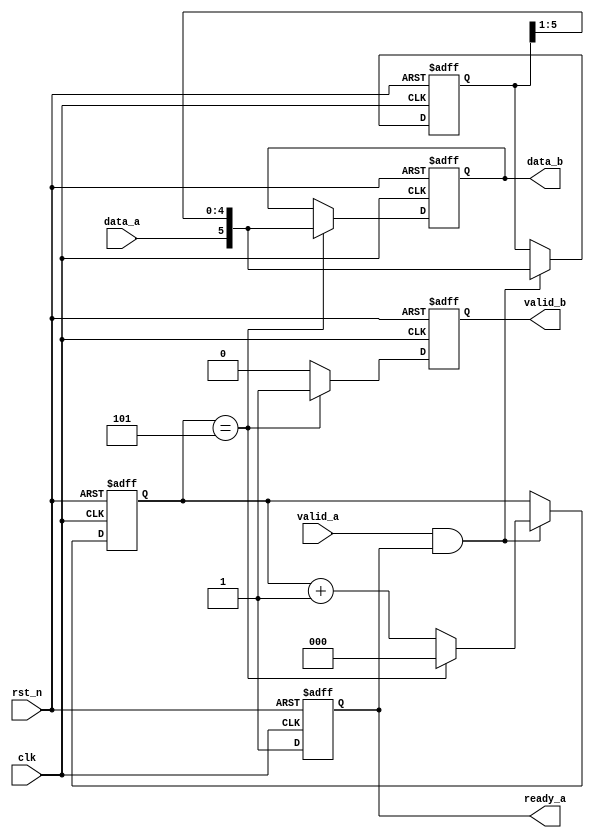
`timescale 1ns/1ns

module s_to_p(
	input 				clk 		,   
	input 				rst_n		,
	input				valid_a		,
	input	 			data_a		,
 
 	output	reg 		ready_a		,
 	output	reg			valid_b		,
	output  reg [5:0] 	data_b
);
    
    reg [2:0] cnt; // 0-5
    reg [5:0] data_tmp;
    
    always@(posedge clk or negedge rst_n)begin
        if(!rst_n)  ready_a<=0;
        else        ready_a<=1;
    end
    
    always@(posedge clk or negedge rst_n)begin
        if(!rst_n) cnt<=0;
        else if(valid_a && ready_a)
            cnt<=(cnt==3'd5)?0:(cnt+1'd1);
      // else cnt<=0; ////////////////////////////////cnt
    end
    
    always@(posedge clk or negedge rst_n)begin
        if(!rst_n)  data_tmp<=0;
        else if(valid_a && ready_a) 
            data_tmp<={data_a, data_tmp[5:1]};
        else data_tmp<=data_tmp;
    end
    
    always@(posedge clk or negedge rst_n)begin
        if(!rst_n)  begin
            valid_b<=0;
            data_b<=0;
        end
        else if(cnt==3'd5)begin
            valid_b<=1;
            data_b<={data_a, data_tmp[5:1]};
        end
        else begin
            valid_b<=0;
            data_b<=data_b;
        end
    end
    
endmodule